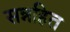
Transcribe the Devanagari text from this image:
सन्नहित